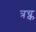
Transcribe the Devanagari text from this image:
त्रच्क